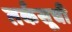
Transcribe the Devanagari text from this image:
तर्कसूची